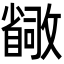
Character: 𫿛